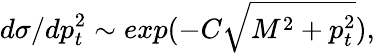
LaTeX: d\sigma/dp_{t}^{2}\sim exp(-C\sqrt{M^{2}+p_{t}^{2}}),